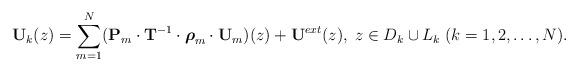
LaTeX: \begin{align*}\mathbf U_k(z) = \sum_{m=1}^N (\mathbf P_m \cdot \mathbf T^{-1} \cdot \boldsymbol{\rho}_m \cdot \mathbf U_m) (z)+ \mathbf U^{ext}(z), \; z\in D_k \cup L_k \; (k=1,2,\ldots,N).\end{align*}